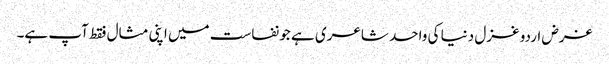
غرض اردو غزل دنیا کی واحد شاعری ہے جو نفاست میں اپنی مثال فقط آپ ہے۔